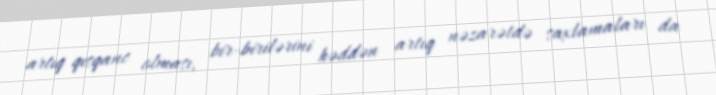
artıq qısqanc olması, bir-birilərini həddən artıq nəzarətdə saxlamaları da